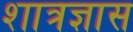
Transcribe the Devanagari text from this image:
शात्रज्ञास